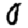
Digit: 0